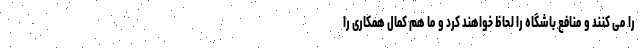
را می کنند و منافع باشگاه را لحاظ خواهند کرد و ما هم کمال همکاری را